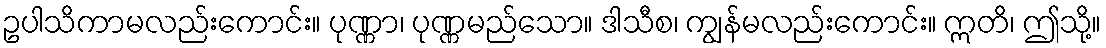
ဥပါသိကာမလည်းကောင်း။ ပုဏ္ဏာ၊ ပုဏ္ဏမည်သော။ ဒါသီစ၊ ကျွန်မလည်းကောင်း။ ဣတိ၊ ဤသို့။